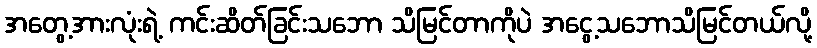
အတွေ့အားလုံးရဲ့ ကင်းဆိတ်ခြင်းသဘော သိမြင်တာကိုပဲ အငွေ့သဘောသိမြင်တယ်လို့